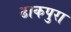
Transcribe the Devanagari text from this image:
ढाकपुरा